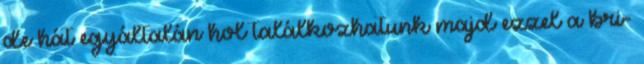
de hát egyáltalán hol találkozhatunk majd ezzel a bri-